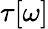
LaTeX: \tau[\omega]